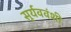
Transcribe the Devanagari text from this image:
सूर्यववंशी